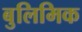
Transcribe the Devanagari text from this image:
बुलिमिक